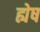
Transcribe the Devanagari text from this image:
ह्येष